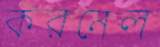
করনেল